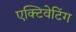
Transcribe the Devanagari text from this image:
एक्टिवेटिंग